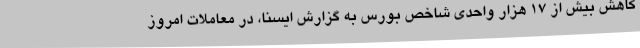
کاهش بیش از 17 هزار واحدی شاخص بورس به گزارش ایسنا، در معاملات امروز